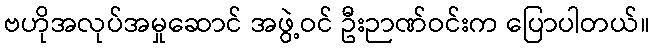
ဗဟိုအလုပ်အမှုဆောင် အဖွဲ့ဝင် ဦးဉာဏ်ဝင်းက ပြောပါတယ်။